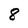
Character: 8